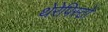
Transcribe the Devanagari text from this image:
थेरेपिस्टों